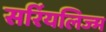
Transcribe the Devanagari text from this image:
सर्रियलिज्म